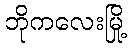
ဘိုကလေးမြို့